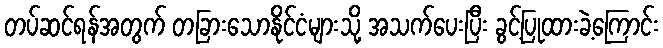
တပ်ဆင်ရန်အတွက် တခြားသောနိုင်ငံများသို့ အသက်ပေးပြီး ခွင့်ပြုထားခဲ့ကြောင်း